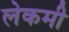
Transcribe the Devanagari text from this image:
लेकमी